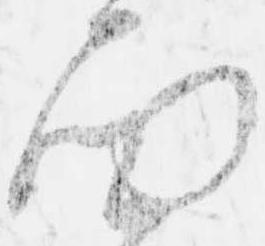
面